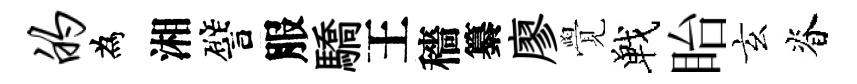
的為湘譬服驕王穡纂廖覺戰眙玄脊